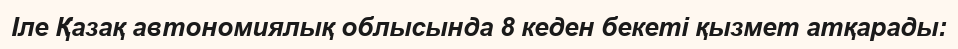
Іле Қазақ автономиялық облысында 8 кеден бекеті қызмет атқарады: